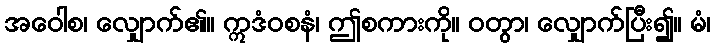
အဝေါစ၊ လျှောက်၏။ ဣဒံဝစနံ၊ ဤစကားကို။ ဝတွာ၊ လျှောက်ပြီး၍။ မံ၊